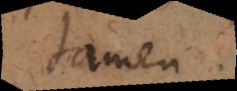
tamen